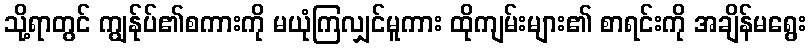
သို့ရာတွင် ကျွန်ုပ်၏စကားကို မယုံကြလျှင်မူကား ထိုကျမ်းများ၏ စာရင်းကို အချိန်မရွေး